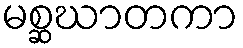
မစ္ဆဃာတကာ